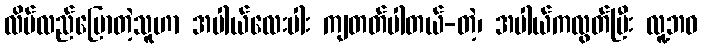
လိမ်လည်ပြောတဲ့သူဟာ အပါယ်လေးပါး ကျတတ်ပါတယ်-တဲ့၊ အပါယ်ကလွတ်ပြီး လူ့ဘဝ